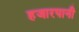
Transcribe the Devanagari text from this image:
हजारपानी